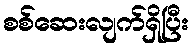
စစ်ဆေးလျက်ရှိပြီး